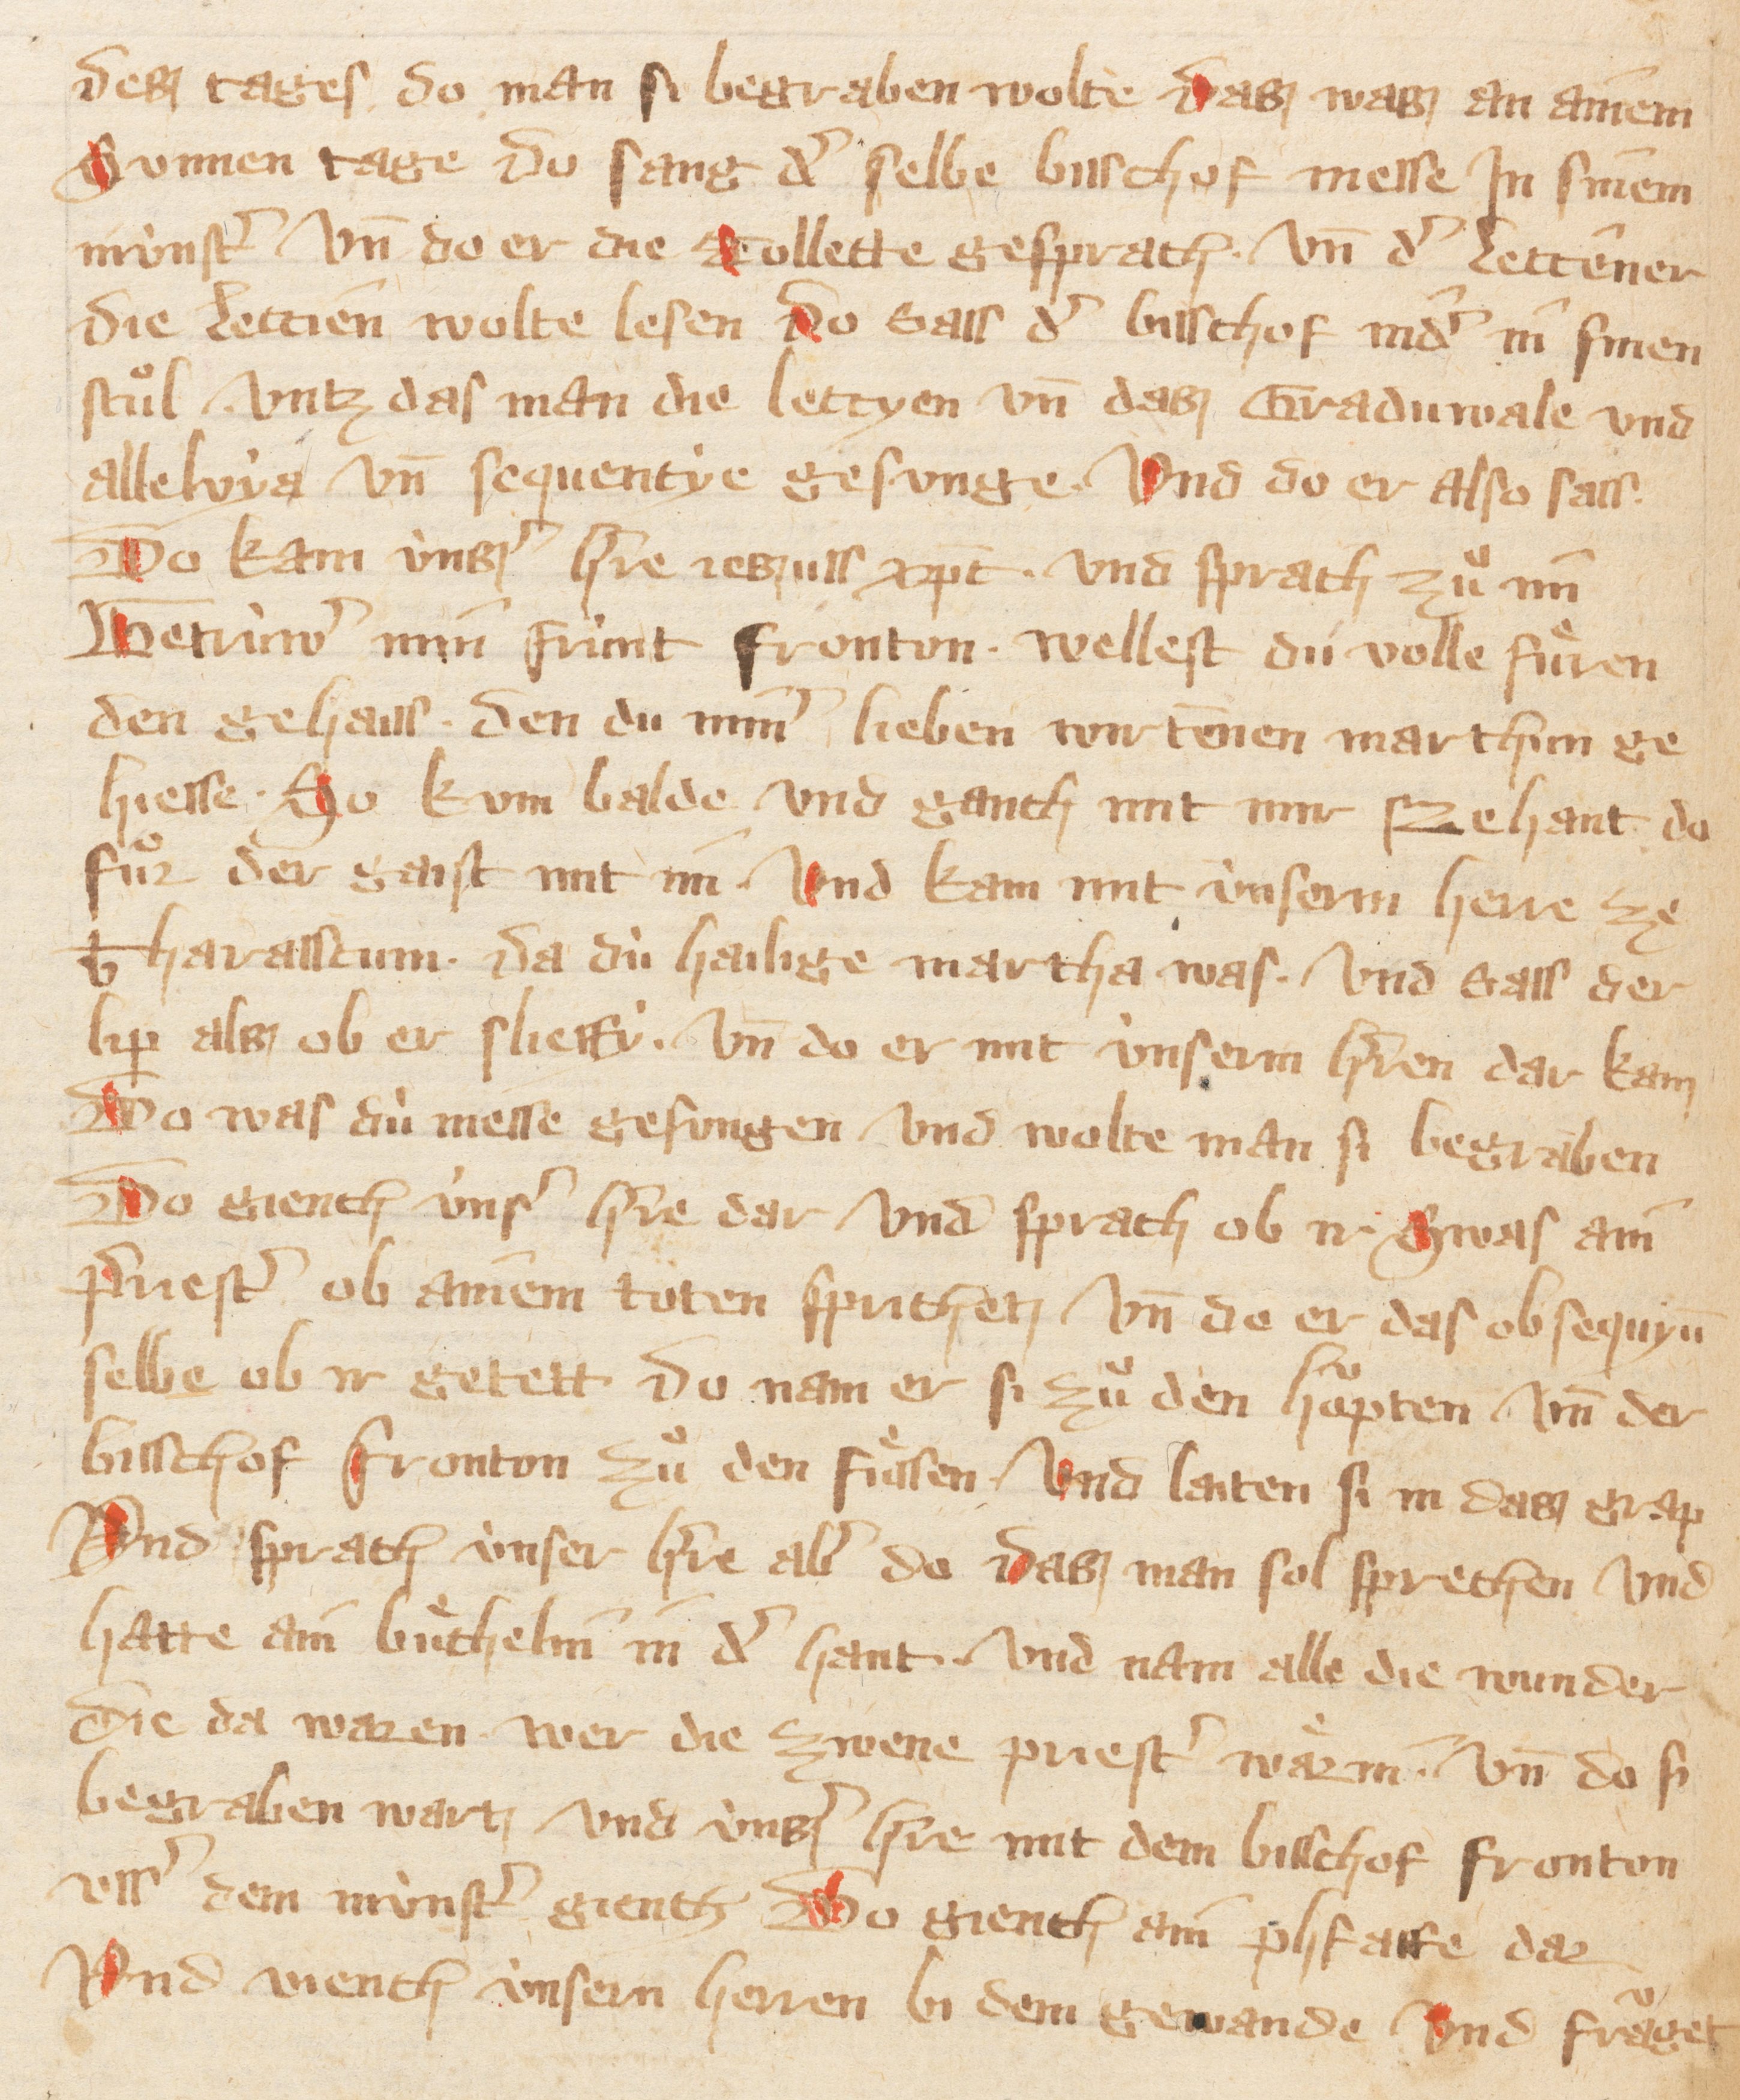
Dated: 1300–1399